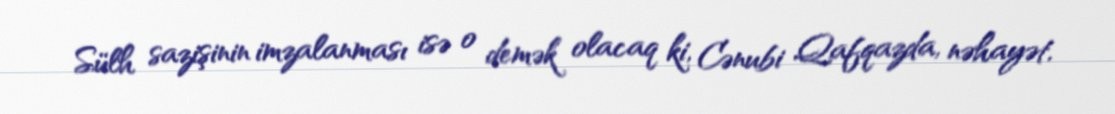
Sülh sazişinin imzalanması isə o demək olacaq ki, Cənubi Qafqazda, nəhayət,